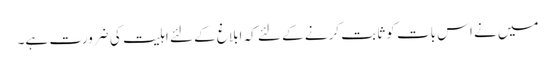
میں نے اس بات کو ثابت کرنے کے لئے کہ ابلاغ کے لئے اہلیت کی ضرورت ہے۔